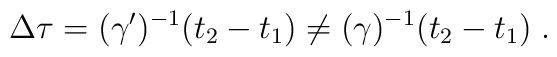
\Delta\tau = (\gamma ^\prime )^{-1}(t_2-t_1)\neq (\gamma )^{-1}(t_2-t_1)\; .